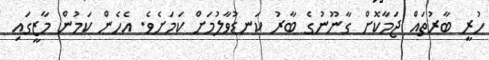
ހުރީ ބާރުތައް ޖަމާކޮށް ގާނޫނުގެ ބާރު ކަނޑުވާލުމަށް ކަމަށެވެ. އެހެން ކަމުން މާޒީގައި